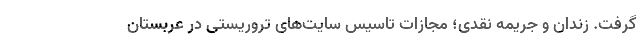
گرفت. زندان و جریمه نقدی؛ مجازات تاسیس سایت‌های تروریستی در عربستان